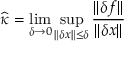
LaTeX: { \widehat { \kappa } } = \operatorname* { l i m } _ { \delta \to 0 } \operatorname* { s u p } _ { \| \delta x \| \leq \delta } { \frac { \| \delta f \| } { \| \delta x \| } }